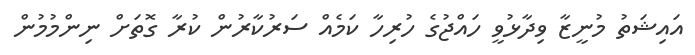
އައިޝަތު މުނީޒާ ވިދާޅުވީ ހައްޖުގެ ހުރިހާ ކަމެއް ސަރުކާރުން ކުރާ ގޮތަށް ނިންމުމުން